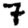
Digit: 7